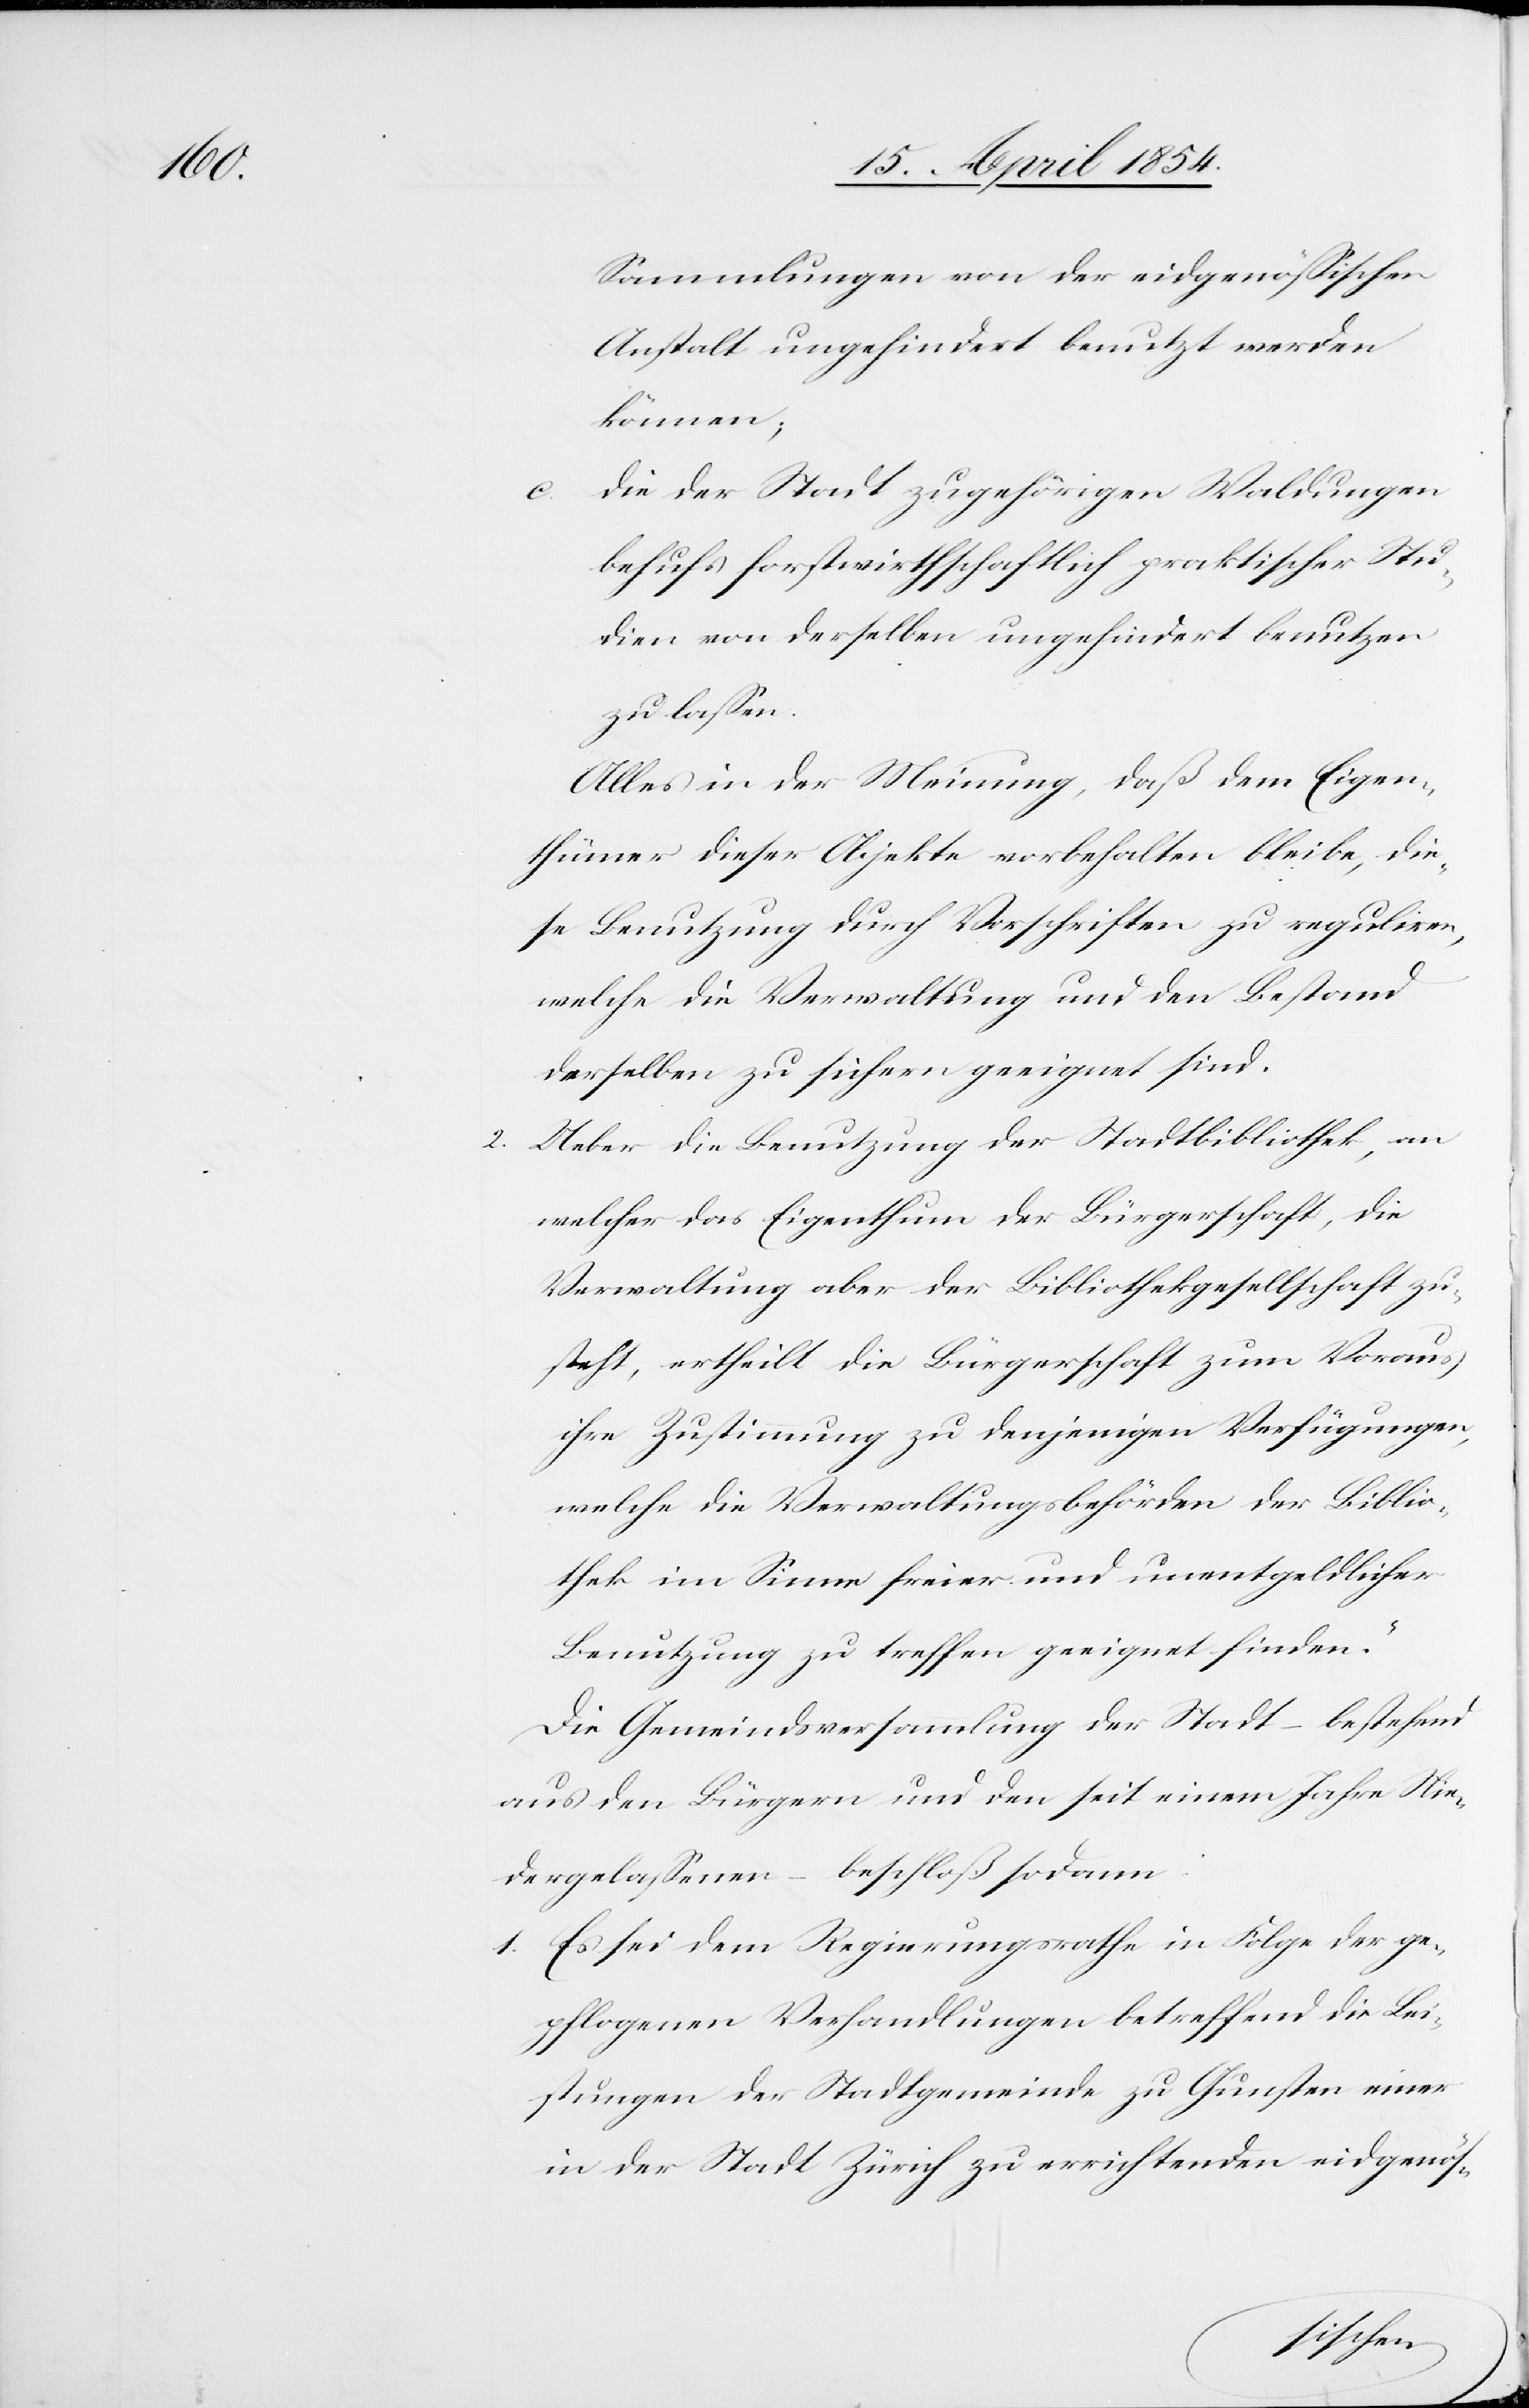
nde

Sammlungen von der eidgenößischen
Anstalt ungehindert benutzt werden
können;
die der Stadt zugehörigen Waldungen
behufs forstwirthschaftlich praktischer Stu¬
dien von derselben ungehindert benutzen
zu Gunsten
Alles in der Meinung, daß dem Eigen¬
thümer dieser Objekte vorbehalten bleibe, die¬
se Benutzung durch Vorschriften zu reguliren,
welche die Verwaltung und den Bestand
derselben zu sichern geeignet sind.
2. Ueber die Benutzung der Stadtbibliothek, an
welcher das Eigenthum der Bürgerschaft, die
Verwaltung aber der Bibliothekgesellschaft zu¬
steht, ertheilt die Bürgerschaft zum Voraus
ihre Zustimmung zu denjenigen Verfügungen,
welche die Verwaltungsbehörden der Biblio¬
thek im Sinne freier und unentgeldlicher
Benutzung zu treffen geeignet finden.
Die Gemeindsversammlung der Stadt – bestehend
aus den Bürgern und den seit einem Jahre Nie¬
dergelaßenen – beschloß sodann:
1. Es sei dem Regierungsrathe in Folge der ge¬
pflogenen Verhandlungen der Stadtgemei¬
in der Stadt Zürich zu errichtenden eidgenös-